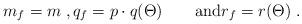
LaTeX: \begin{align*}m_f=m\;,q_f=p\cdot q(\Theta)\qquad\hbox{and}r_f=r(\Theta)\;.\end{align*}